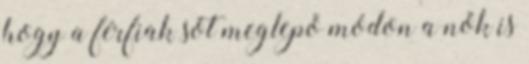
hogy a férfiak sőt meglepő módon a nők is